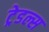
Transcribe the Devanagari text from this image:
ट्रेडल्स